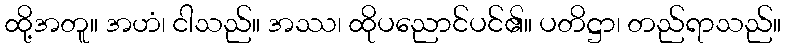
ထို့အတူ။ အဟံ၊ ငါသည်။ အဿ၊ ထိုပညောင်ပင်၏။ ပတိဋ္ဌာ၊ တည်ရာသည်။